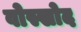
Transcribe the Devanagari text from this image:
वोस्खोद